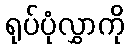
ရုပ်ပုံလွှာကို